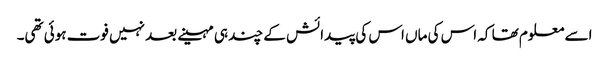
اسے معلوم تھا کہ اس کی ماں اس کی پیدائش کے چند ہی مہینے بعد نہیں فوت ہوئی تھی۔